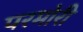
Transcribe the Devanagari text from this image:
परमोरी